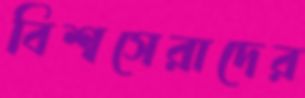
বিশ্বসেরাদের